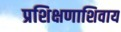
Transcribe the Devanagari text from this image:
प्रशिक्षणाशिवाय